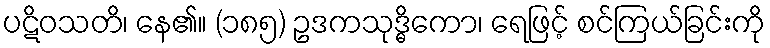
ပဋိဝသတိ၊ နေ၏။ (၁၈၅) ဥဒကသုဒ္ဓိကော၊ ရေဖြင့် စင်ကြယ်ခြင်းကို